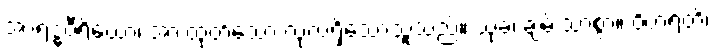
အာရဒ္ဓဝီရိယော၊ အားထုတ်သော လုံလရှိသောသူသည်။ သုခံ၊ ချမ်းသာစွာ။ ဝိဟရတိ၊